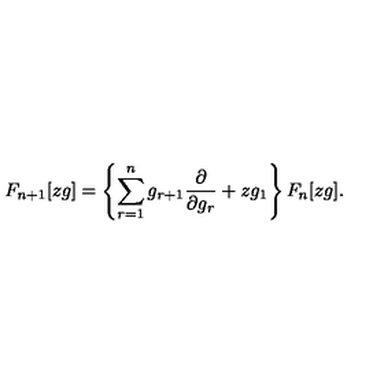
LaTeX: F _ { n + 1 } [ z g ] = \left\{ \sum _ { r = 1 } ^ { n } g _ { r + 1 } \frac { \partial } { \partial g _ { r } } + z g _ { 1 } \right\} F _ { n } [ z g ] .